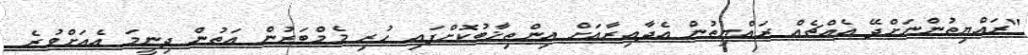
"ރައްޔިތުންނަށްދޭ އެއްޗެއް ރައްޔިތުން އެދާއިރާއަށް އިންތިޚާބުކޮށްފައި ހުރި މެމްބަރުން އަތުން ދިނީމަ އެއަށްވުރެ